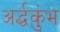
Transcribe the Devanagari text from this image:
अर्द्धकुंभ